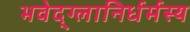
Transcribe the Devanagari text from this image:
भवेद्‌ग्लानिर्धर्मस्य